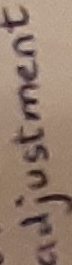
Text: ADJUSTMENTS